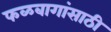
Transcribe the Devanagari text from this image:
फळबागांसाठी